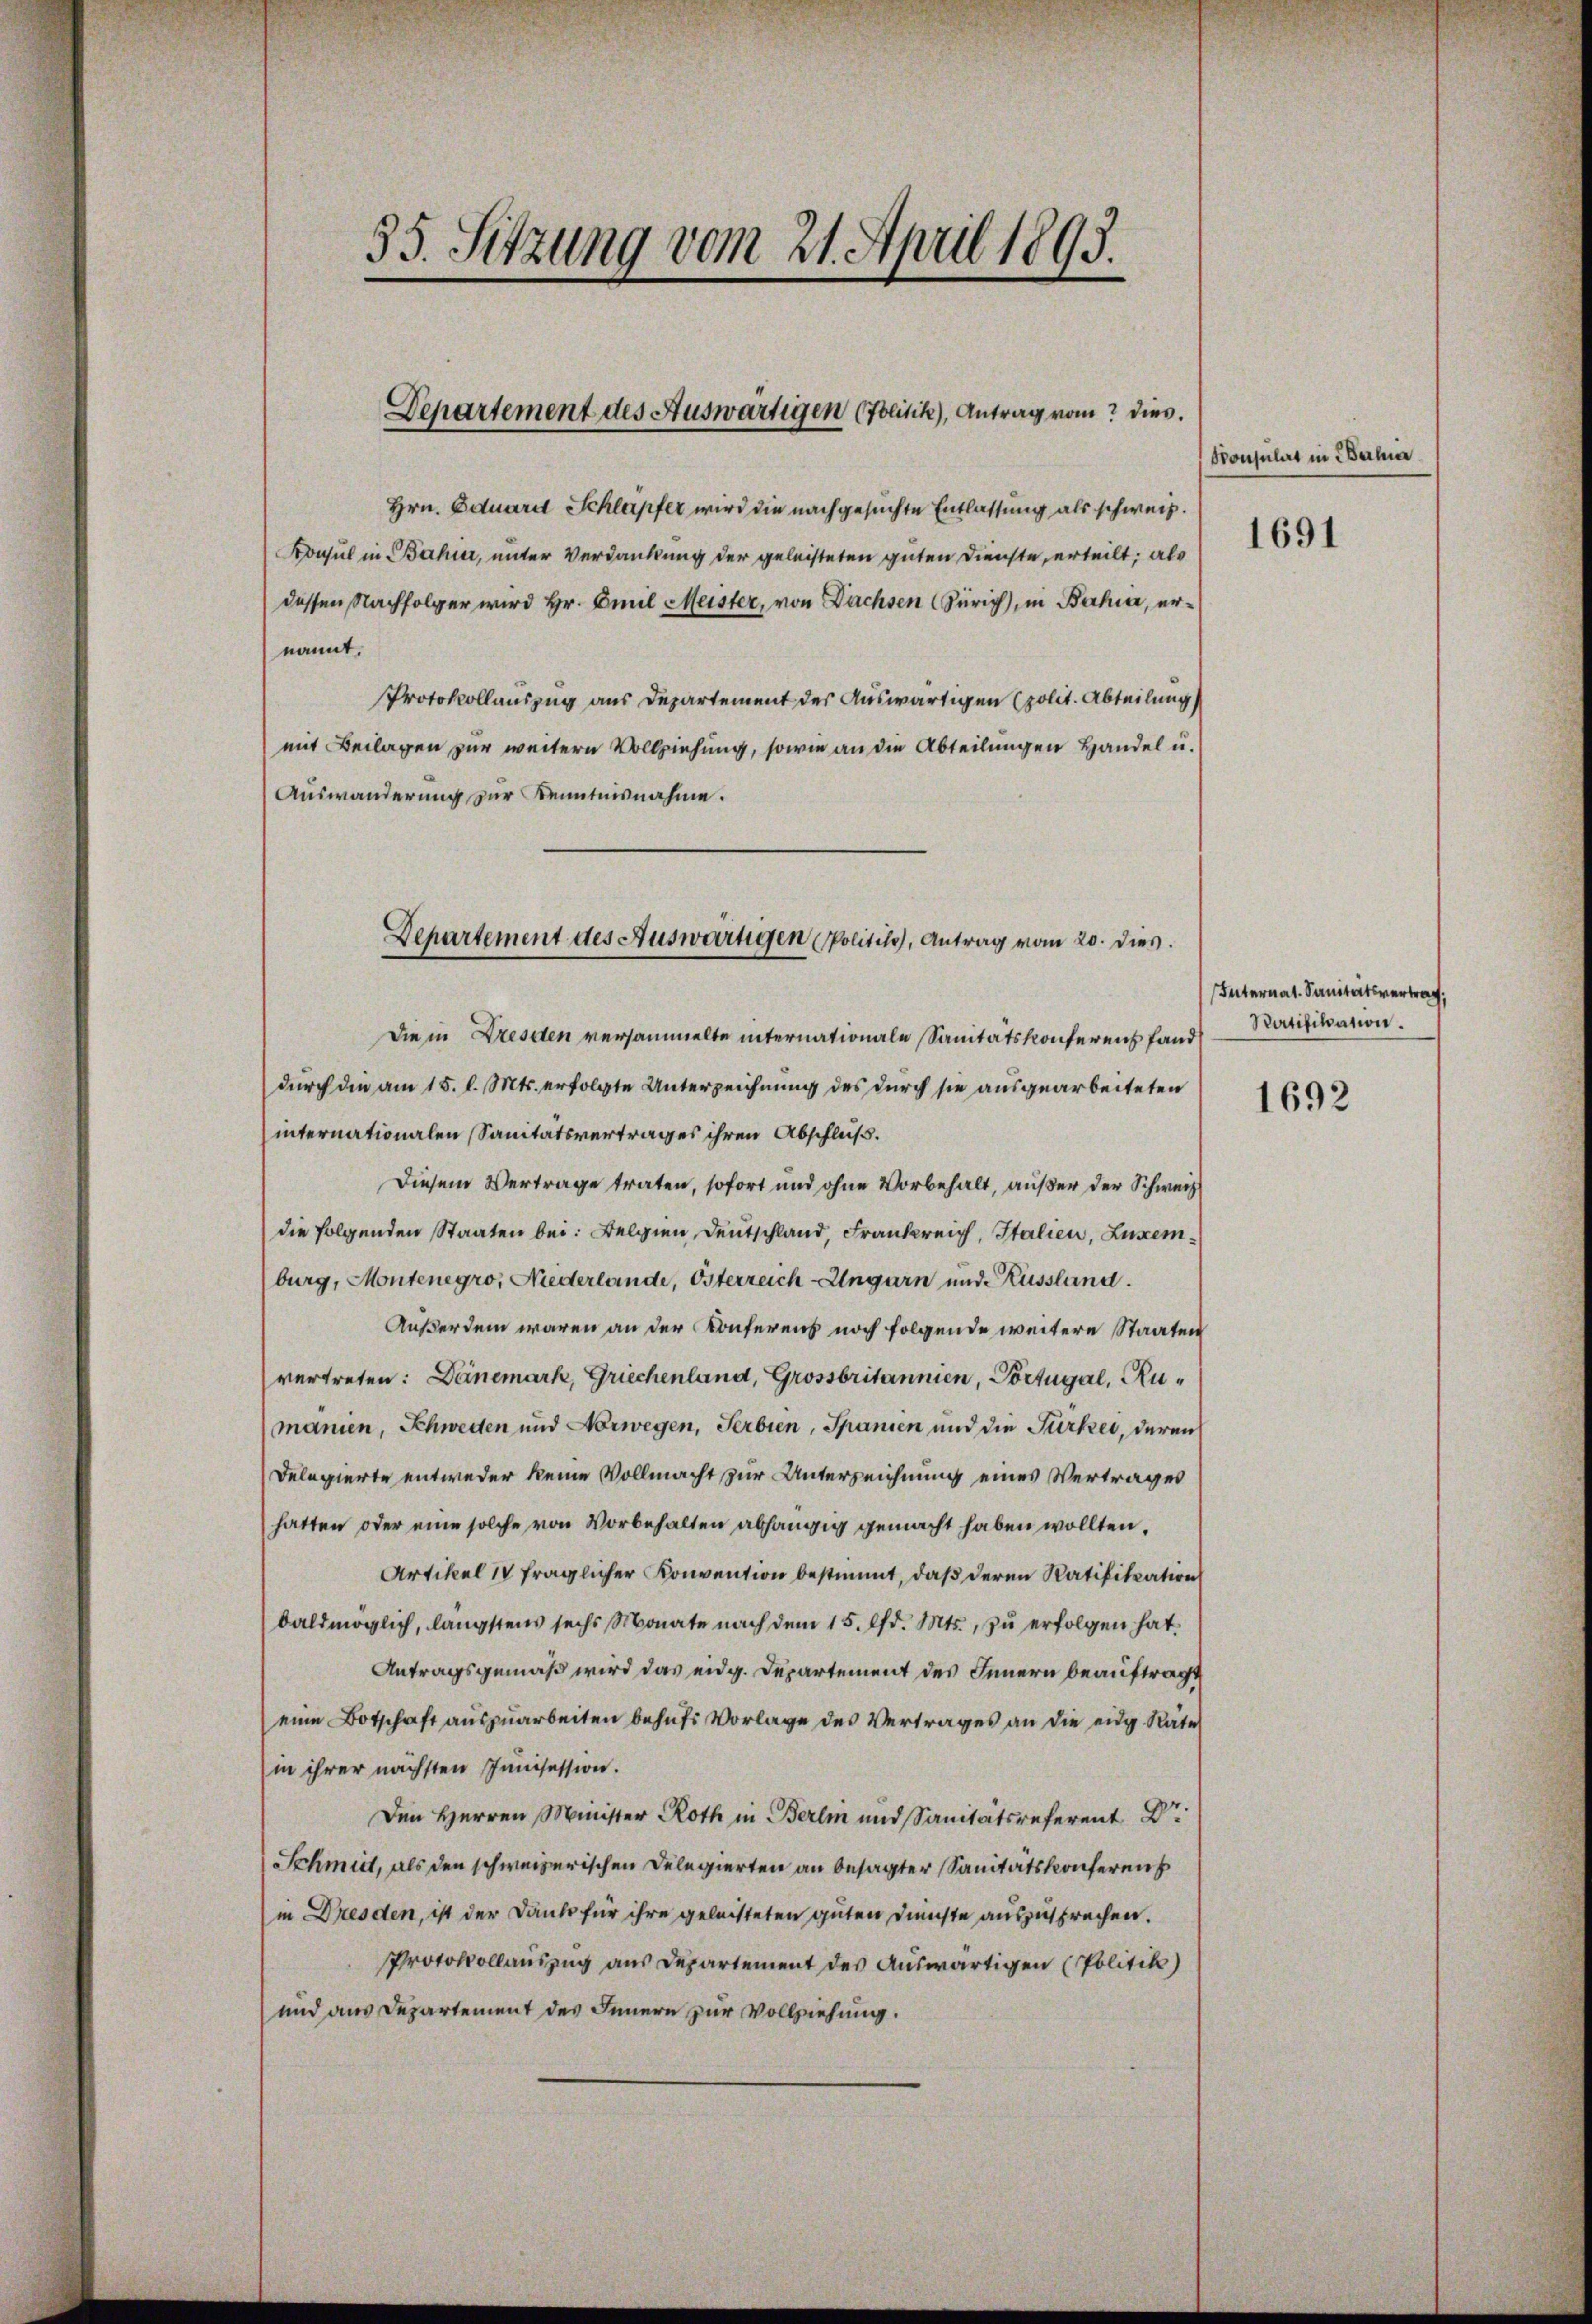
35. Sitzung vom 21. April 1893.

Departement des Auswärtigen (Politik), Antrag vom dies.

Departement des Auswärtigen Politik, Antrag vom 20. dies.

Hrn. Eduard Schlapfer wird die nachgesuchte Entlassung als schweiz.
Konsul in Bahn, unter Verdankung der geleisteten guten Dienste, erteilt; als
dessen Nachfolger wird Hr. Emil Meister, von Dachsen (Zürich, in Bahia, ernannt.
PProtokollauszug aus Departement des Auswärtigen polit. Abteilung
mit Beilagen zur weitern Vollziehung, sowie an die Abteilungen Handel u.
Auswanderung zur Kenntnisnahme.
die in Dresden versammelte internationale Sanitätskonferenz fand
durch die am 15. d. Mts. erfolgte Unterzeichnung des durch sie ausgearbeiteten
internationalen Sanitätsvertrages ihren Abschluß.
Diesem Vertrage traten, sofort und ohne Vorbehalt, außer der Schweiz
die folgenden Staaten bei: Belgien Deutschland, Frankreich, Italien, Luxemburg, Montenegro, Niederlande, Osterreich Ungarn und Russland.
Außerdem waren an der Konferens noch folgende weitere Staaten
vertreten: Danemark, Griechenland, Grossbritannien, Portugal, Rumanien, Schweden und Norwegen, Serbien, Spanien und die Türkes, deren
Delegierte entweder keine Vollmacht zur Unterzeichnung eines Vertrages
hatten oder eine solche von Vorbehalten abhängig gemacht haben wollten.
Artikel 14 fraglicher Konvention bestimmt, daß deren Ratifikation
baldmöglich, längstens sechs Monate nach dem 15. Pfd. Mts., zu erfolgen hat.
Antragsgemäß wird das eidg. Departement des Innern beauftragt
eine Botschaft auszuarbeiten behufs Vorlage des Vertrages an die eidg. Rate
in ihrer nächsten Junisession.
Den Herren Minister Roth in Berlin und Sanitätsreferent Dr
Schmidt, als den schweizerischen Delegierten an besagter Sanitätskonferen
in Dresden, ist der Danke für ihre geleisteten guten Dienste auszusprechen.
PProtokollauszug aus Departement des Auswärtigen (Politik)
und aus Departement des Innern zur Vollziehung.

Konsulat in erha

1691

Internat. Sanitätsvertrag,
Ratifikation.

1692